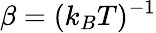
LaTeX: \beta=(k_{B}T)^{-1}